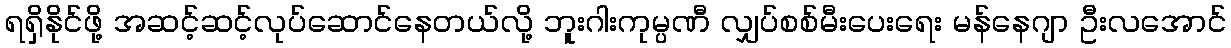
ရရှိနိုင်ဖို့ အဆင့်ဆင့်လုပ်ဆောင်နေတယ်လို့ ဘူးဂါးကုမ္ပဏီ လျှပ်စစ်မီးပေးရေး မန်နေဂျာ ဦးလအောင်